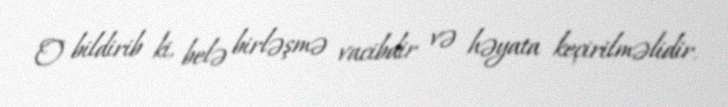
O bildirib ki, belə birləşmə vacibdir və həyata keçirilməlidir.